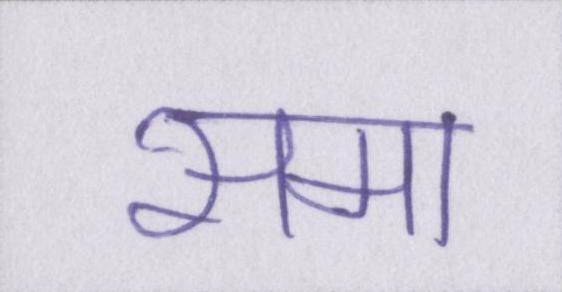
समा